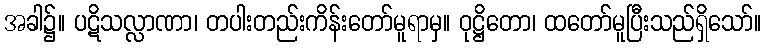
အခါ၌။ ပဋိသလ္လာဏာ၊ တပါးတည်းကိန်းတော်မူရာမှ။ ဝုဋ္ဌိတော၊ ထတော်မူပြီးသည်ရှိသော်။